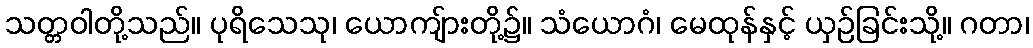
သတ္တဝါတို့သည်။ ပုရိသေသု၊ ယောကျ်ားတို့၌။ သံယောဂံ၊ မေထုန်နှင့် ယှဉ်ခြင်းသို့။ ဂတာ၊